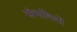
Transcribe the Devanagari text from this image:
संभाषियों